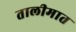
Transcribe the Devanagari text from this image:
तालीमात